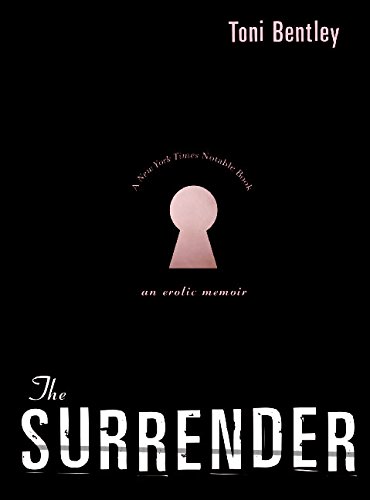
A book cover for The Surrender: An Erotic Memoir; Toni Bentley; Biographies & Memoirs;